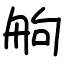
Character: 䑦